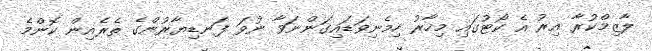
ލާޒިމްކުރާ އިރު އެ ކޯޓުގައި މިހާރު ހިމެނިވަޑައިގަންނަވާ ނުވަ ފަނޑިޔާރުންގެ ތެރެއިން ކޮންމެ